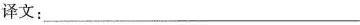
译文:___